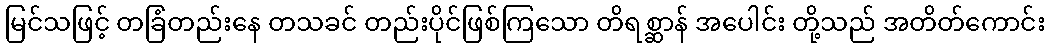
မြင်သဖြင့် တခြံတည်းနေ တသခင် တည်းပိုင်ဖြစ်ကြသော တိရစ္ဆာန် အပေါင်း တို့သည် အတိတ်ကောင်း